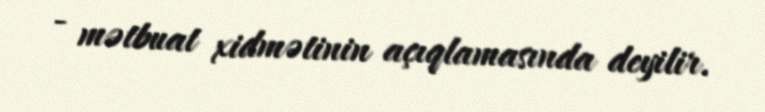
- mətbuat xidmətinin açıqlamasında deyilir.